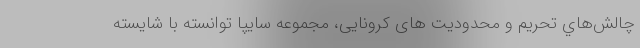
چالش‌هاي تحریم و محدودیت های کرونایی، مجموعه سايپا توانسته با شايسته